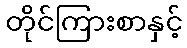
တိုင်ကြားစာနှင့်